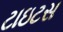
ટાઇટસ